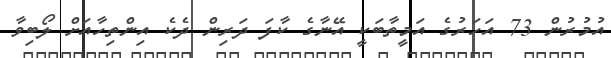
އުމުރުން 73 އަހަރުގެ އަމީތާބަކީ އޭނާގެ ކާފަ ދަރިން ދެކެ އިންތިހާއަށް ލޯބިވާ